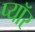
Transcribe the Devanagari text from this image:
प्यॉर